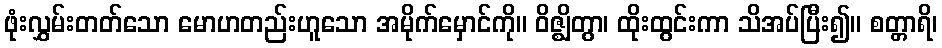
ဖုံးလွှမ်းတတ်သော မောဟတည်းဟူသော အမိုက်မှောင်ကို။ ဝိဇ္ဈိတွာ၊ ထိုးထွင်းကာ သိအပ်ပြီး၍။ စတ္တာရိ၊